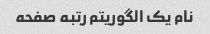
نام یک الگوریتم رتبه صفحه